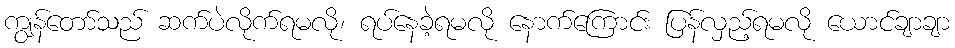
ကျွန်တော်သည် ဆက်ပဲလိုက်ရမလို၊ ရပ်နေခဲ့ရမလို နောက်ကြောင်း ပြန်လှည့်ရမလို ယောင်ချာချာ